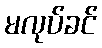
မလုပ်ခင်